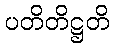
ပတိတိဋ္ဌတိ